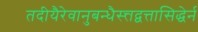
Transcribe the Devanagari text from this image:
तदीयैरेवानुबन्धैस्त्तद्वत्तासिद्धेर्न